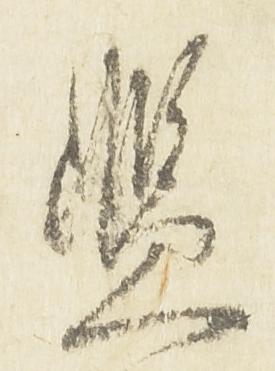
濫